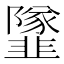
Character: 𩐌